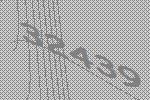
32439